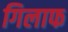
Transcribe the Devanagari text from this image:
गिलाफ